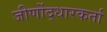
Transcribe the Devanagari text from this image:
जीर्णोद्धारकर्ता